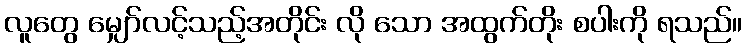
လူတွေ မျှော်လင့်သည့်အတိုင်း လို သော အထွက်တိုး စပါးကို ရသည်။